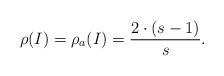
LaTeX: \begin{align*}\rho (I) = \rho_a (I) = \frac{2 \cdot (s-1)}{s}. \end{align*}